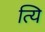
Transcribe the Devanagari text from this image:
त्यि